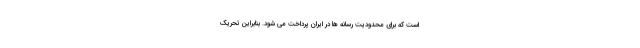
است که برای محدودیت رسانه ها در ایران پرداخت می شود. بنابراین تحریک